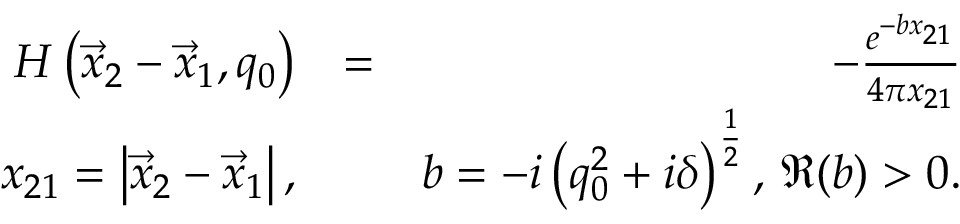
\begin{array} { r l r } { H \left( \vec { x } _ { 2 } - \vec { x } _ { 1 } , q _ { 0 } \right) } & { = } & { - \frac { e ^ { - b x _ { 2 1 } } } { 4 \pi x _ { 2 1 } } } \\ { x _ { 2 1 } = \left| \vec { x } _ { 2 } - \vec { x } _ { 1 } \right| , } & { } & { b = - i \left( q _ { 0 } ^ { 2 } + i \delta \right) ^ { \frac { 1 } { 2 } } , \, \Re ( b ) > 0 . } \end{array}